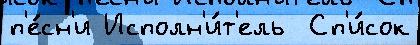
п'е́сн'и Исполн'и́т'ель  Сп'и́сок